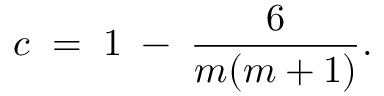
c \; = \; 1 \; - \; \frac { 6 } { m ( m + 1 ) } .